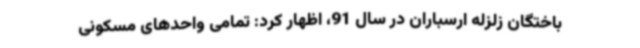
باختگان زلزله ارسباران در سال 91، اظهار کرد: تمامی واحدهای مسکونی